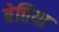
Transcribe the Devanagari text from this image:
बेत्तिया